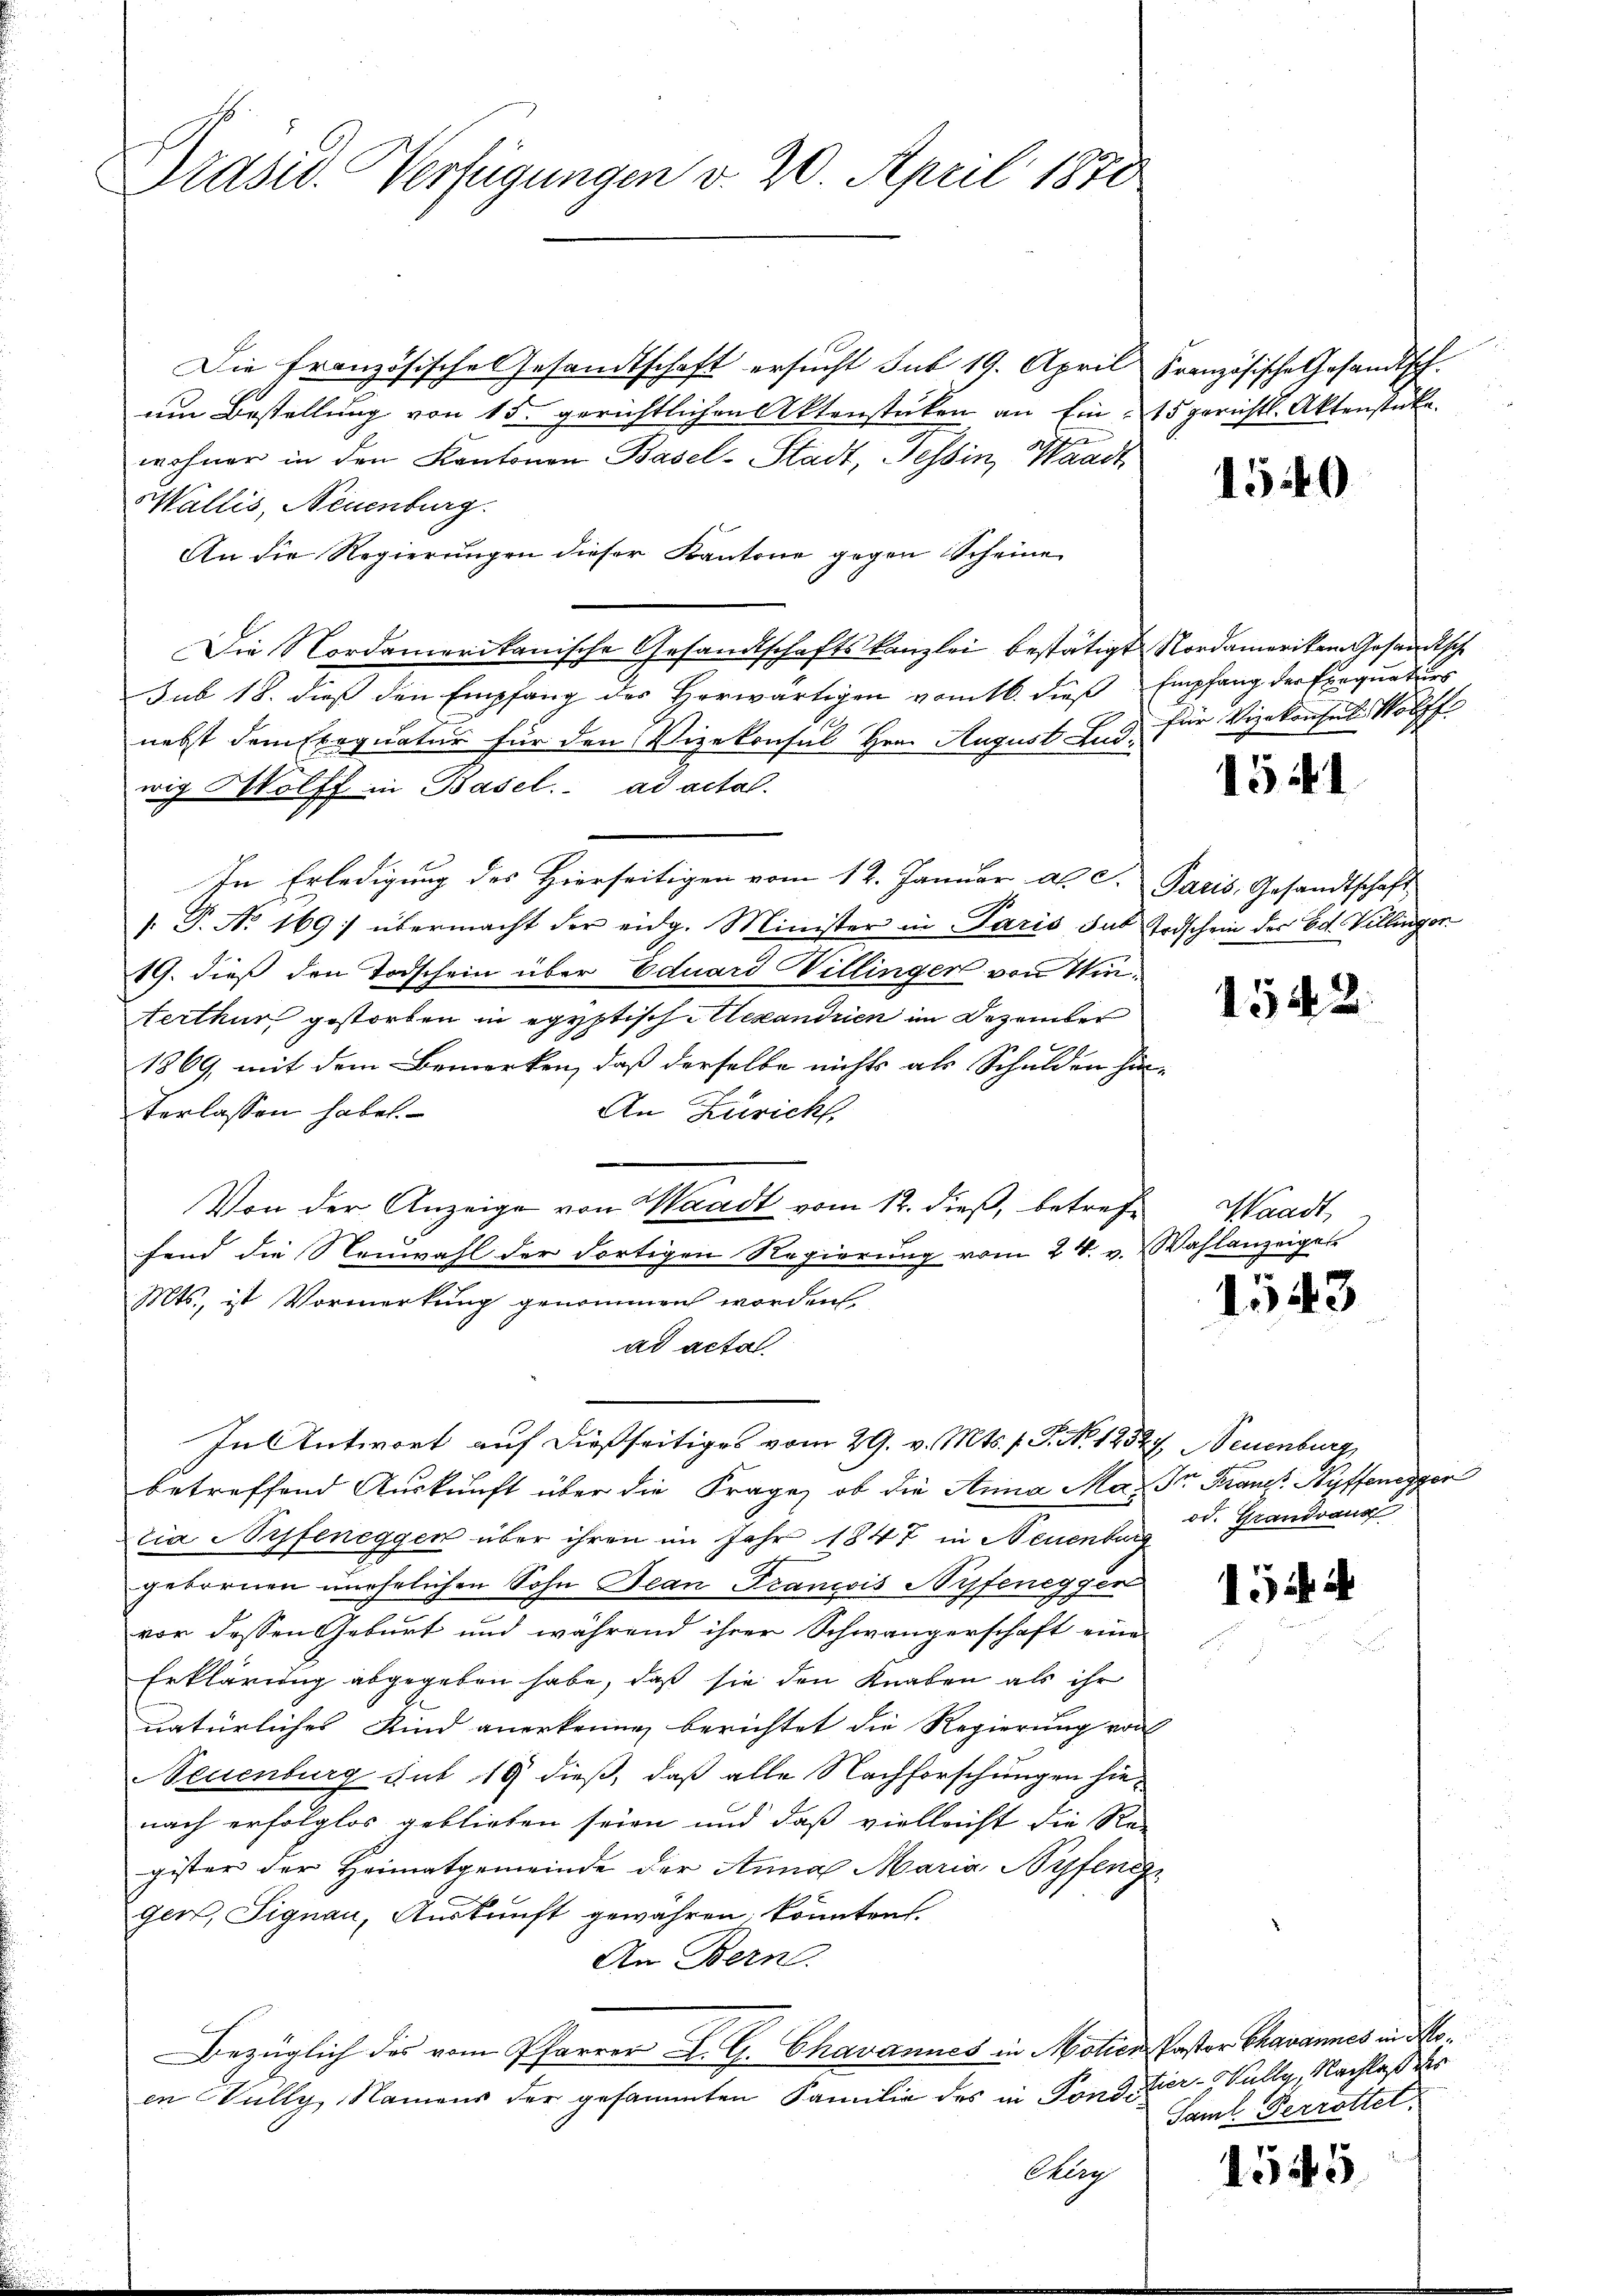
Präsid. Verfügungen v. 20. April 1870

Die Französische Gesandtschaft ersucht sub 19. April Französische Gesandtsch-
um Bestellung von 15. gerichtlichen Aktenstücken an Ein : 15 gerichtl. Aktenstücke.
wohner in den Kantonen Basel-Stadt, Tessin, Waadt
Wallis, Neuenburg
An die Regierungen dieser Kantone gegen Scheine
Die Nordamerikanische Gesandtschaftskanzlei bestätigt Nordamerikam Gesandtsche
sub 18. dieß den Empfang des Horwärtigen vom 16. dieß Empfang der Exequaturs
nebst dem Exequatur für den Vizekonsul Hrn. August Lud, für Vizekonses Wolff
wig Wolff in Basel. ad actal.
In Erledigung des Hierseitigen vom 12. Januar a. c. Paris, Gesandtschaft
/. P. No. 169: übermacht der eidg. Minister in Paris das Todschein der Bd. Villinger
19. dieß den Todschein über Eduard Willinger von Winterthur gestorben in egyptisch Alexandrien im Dezember
1869, mit dem Bemerken, daß derselbe nichts als Schulden hin
Verlassen habe.
An Züricht.
Von der Anzeige von Waadt vom 12. dieß, betreffend die Neuwahl der dortigen Regierung vom 24. v. Wahlanzeiger
Mts., ist Vormerkung genommen worden
ad actal
In Antwort auf dießseitiges vom 29. v. Mts. f. P. Nr. 12327, Neuenburg
betreffend Auskunft über die Frage, ob die Anna Mag Dr. Frauer Kuffenegger
lia Aufeneggen über ihren im Jahr 1847 in Neuenburg
gebornen unehelichen Sohn Jean Francois Syfenegger
vor dessen Geburt und während ihrer Schwängerschaft eine
Erklärung abgegeben habe, daß sie den Knaben als ihr
natürliches Kind anerkennen berichtet die Regierung von
Neuenburg sub 19 dieß, daß alle Nachforschungen hienach erfolglos geblieben seien und daß vielleicht die Re-
gister der Heimatgemeinde der Anna Maria Byfen
gen, Signau, Auskunft gewähren könnten.
An Bern.
Bezüglich des vom Pfarrer L. G. Chavannes in Molier Pastor Chavannes in Moen Wully, Namens der gesammten Familie des in Fondi-
Cherg

1540

1541

1542.

Waadt,
.

1.43

od. Grandvaug

1544

tier-Sully, Nachlaß der
Saml. Verrottet

1545